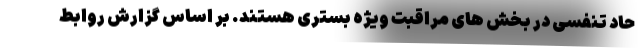
حاد تنفسی در بخش های مراقبت ویژه بستری هستند. بر اساس گزارش روابط‌